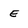
Character: E